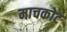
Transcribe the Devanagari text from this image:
माचकोट